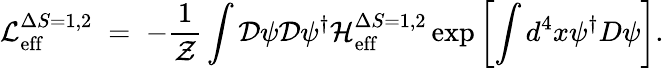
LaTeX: {\cal L}_{\mathrm{eff}}^{\Delta S=1,2}\; =\; -\frac{1}{\cal Z}\int{\cal D}\psi{\cal D}\psi^{\dagger}{\cal H}_{\mathrm{eff}}^{\Delta S=1,2}\exp\left[\int d^{4}x\psi^{\dagger}D\psi\right].